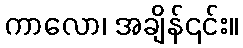
ကာလော၊ အချိန်၎င်း။